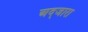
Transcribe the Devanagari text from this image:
अद्जारा